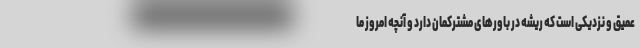
عمیق و نزدیکی است که ریشه در باورهای مشترکمان دارد و آنچه امروز ما